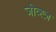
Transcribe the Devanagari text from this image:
जीव्ह्ज़